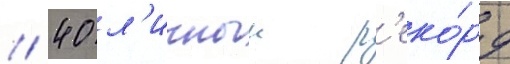
// 40 л'ичныи р'еко́рд